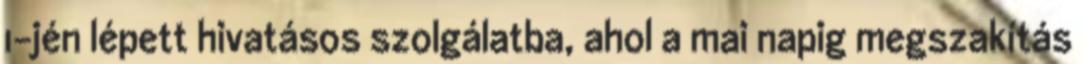
1-jén lépett hivatásos szolgálatba, ahol a mai napig megszakítás